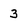
Character: 3